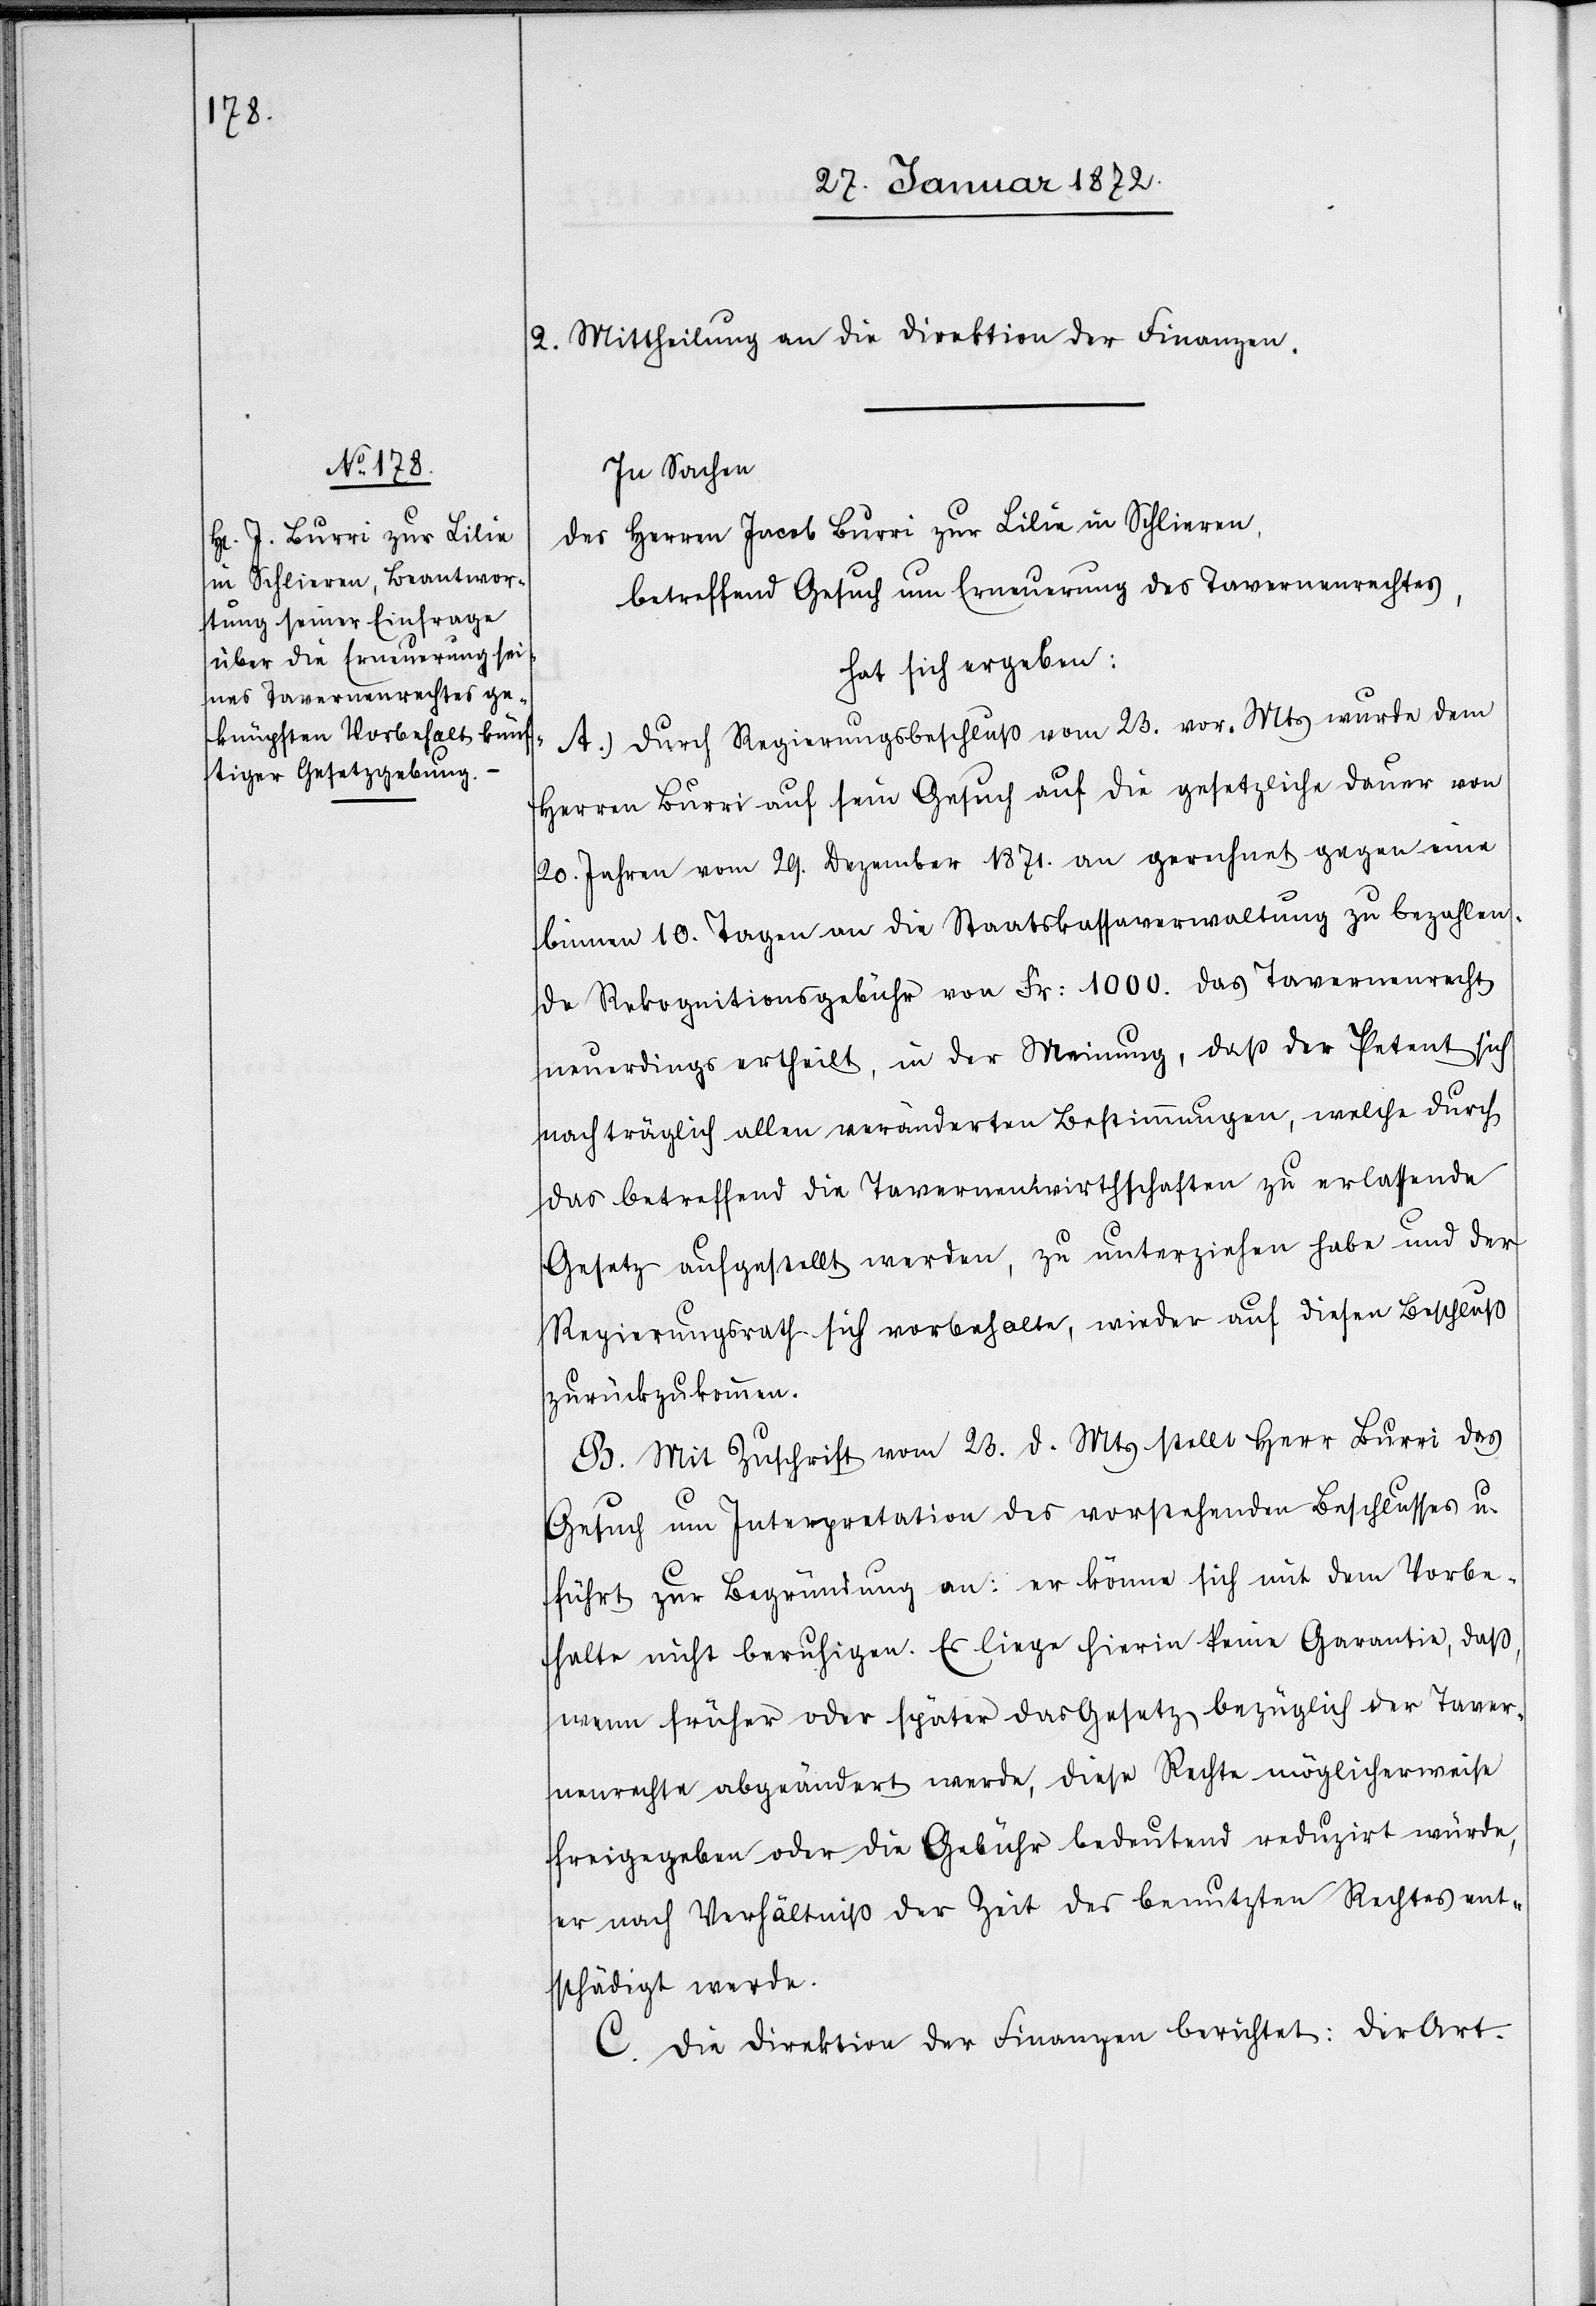
II. Mittheilung an die Direktion der Finanzen.
In Sachen
des Herren Jacob Burri zur Lilie in Schlieren,
betreffend Gesuch um Erneuerung des Tavernenrechtes,
hat sich ergeben:
A.) Durch Regierungsbeschluß vom 23. vor. Mts wurde dem
Herren Burri auf sein Gesuch auf die gesetzliche Dauer von
20. Jahren vom 29. Dezember 1871. an gerechnet gegen eine
binnen 10. Tagen an die Staatskassaverwaltung zu bezahlen¬
de Rekognitionsgebühr von Fr. 1000. das Tavernenrecht
neuerdings ertheilt, in der Meinung, daß der Petent sich
nachträglich allen veränderten Bestimmungen, welche durch
das betreffend die Tavernenwirthschaften zu erlassende
Gesetz aufgestellt werden, zu unterziehen habe und der
Regierungsrath sich vorbehalte, wieder auf diesen Beschluß
zurückzukommen.
B. Mit Zuschrift vom 23. d. Mts stellt Herr Burri das
Gesuch um Interpretation des vorstehenden Beschlusses u.
führt zur Begründung an: er könne sich mit dem Vorbe¬
halte nicht beruhigen. Es liege hierin keine Garantie, daß,
wenn früher oder später das Gesetz bezüglich der Taver¬
nenrechte abgeändert werden, diese Rechte möglicherweise
freigegeben oder die Gebühr bedeutend reduzirt würde,
er nach Verhältniß der Zeit des benutzten Rechtes ent¬
schädigt werden.
C. Die Direktion der Finanzen berichtet: der Art.